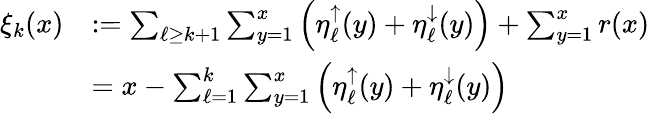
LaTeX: \begin{array}{rl}{\xi_{k}(x)}&{:=\sum_{\ell\ge k+1}\sum_{y=1}^{x}\left(\eta_{\ell}^{\uparrow}(y)+\eta_{\ell}^{\downarrow}(y)\right)+\sum_{y=1}^{x}r(x)}\\ &{=x-\sum_{\ell=1}^{k}\sum_{y=1}^{x}\left(\eta_{\ell}^{\uparrow}(y)+\eta_{\ell}^{\downarrow}(y)\right)}\end{array}